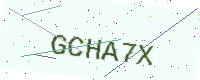
Text: GCHA7X